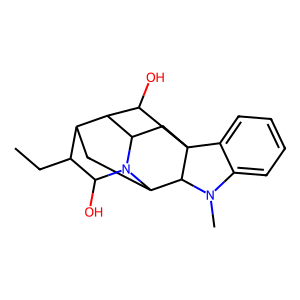
SMILES: CCC1C2CC3C4N(C)c5ccccc5C45CC(C2C5O)N3C1O
Inhibits HIV replication: No